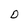
Character: D